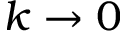
k \to 0